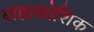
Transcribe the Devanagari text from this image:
बाह्यकोशिक